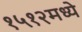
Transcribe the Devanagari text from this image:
१५१२मध्ये